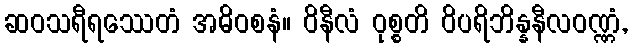
ဆဝသရီရဿေတံ အဓိဝစနံ။ ဝိနီလံ ဝုစ္စတိ ဝိပရိဘိန္နနီလဝဏ္ဏံ,